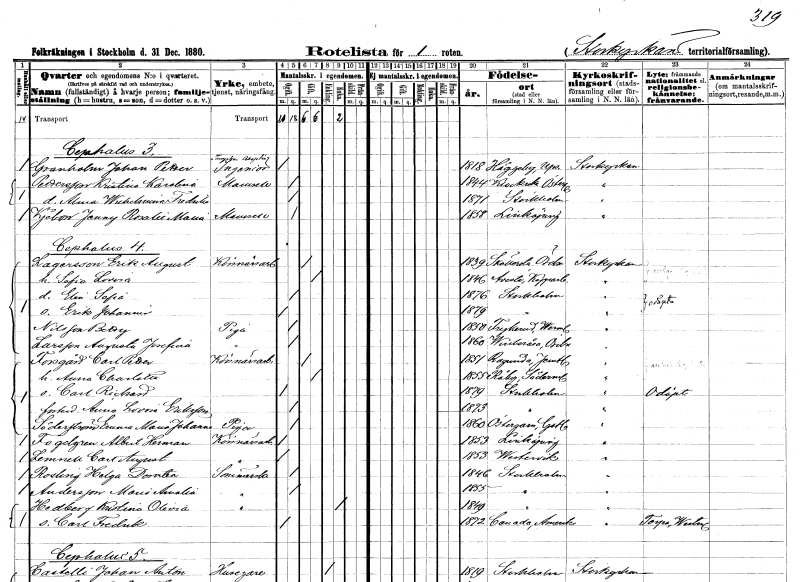
gt_parse: households: individuals: FN: Johan Petter
EN: Granholm
YRKE: Ingenjör
KON: M
CIV: O
FODAR: 1818
FODFORS: Högsby Kalmar län
FN: Kristina Karolina
EN: Pettersson
KON: K
CIV: O
FODAR: 1844
FODFORS: Klockrike Östergötlands län
FN: Alma Wilhelmina Fredrika
KON: K
CIV: O
FODAR: 1871
FODFORS: Stockholm
FN: Jenny Rosalie Maria
EN: Kjebon
KON: K
CIV: O
FODAR: 1858
FODFORS: Linköping Östergötlands län
FN: Erik August
EN: Lagersson
YRKE: Körsnärsarbetare
KON: M
CIV: G
FODAR: 1839
FODFORS: Sköllersta Örebro län
FN: Sofia Lovisa
KON: K
CIV: G
FODAR: 1846
FODFORS: Avesta Kopparbergs län
FN: Elin Sofia
KON: K
CIV: O
FODAR: 1876
FODFORS: Stockholm
FN: Erik Johannis
KON: M
CIV: O
FODAR: 1879
FODFORS: Stockholm
FN: Betty
EN: Nilsson
YRKE: Piga
KON: K
CIV: O
FODAR: 1852
FODFORS: Frykerud Värmlands län
FN: Augusta Josefina
EN: Larsson
YRKE: Piga
KON: K
CIV: O
FODAR: 1862
FODFORS: Vintrosa Örebro län
FN: Carl Petter
EN: Forsgård
YRKE: Körsnärsarbetare
KON: M
CIV: G
FODAR: 1851
FODFORS: Ragunda Jämtlands län
FN: Anna Charlotta
KON: K
CIV: G
FODAR: 1855
FODFORS: Råby Södermanlands län
FN: Carl Richard
KON: M
CIV: O
FODAR: 1879
FODFORS: Stockholm
FN: Anna Lovisa
EN: Eriksson
KON: K
CIV: O
FODAR: 1873
FODFORS: Stockholm
FN: Emma Maria Johanna
EN: Söderström
YRKE: Piga
KON: K
CIV: O
FODAR: 1860
FODFORS: Östergarn Gotlands län
FN: Albert Herman
EN: Fogdgren
YRKE: Körsnärsarbetare
KON: M
CIV: O
FODAR: 1853
FODFORS: Linköping Östergötlands län
FN: Carl August
EN: Lemnell
YRKE: Körsnärsarbetare
KON: M
CIV: O
FODAR: 1853
FODFORS: Västervik Kalmar län
FN: Helga Dorotea
EN: Rosling
YRKE: Sömmerska
KON: K
CIV: O
FODAR: 1846
FODFORS: Stockholm
FN: Maria Amalia
EN: Andersson
YRKE: Sömmerska
KON: K
CIV: O
FODAR: 1855
FODFORS: Stockholm
FN: Kristina Olivia
EN: Hedberg
YRKE: Sömmerska
KON: K
CIV: E
FODAR: 1849
FODFORS: Stockholm
FN: Carl Fredrik
KON: K
CIV: O
FODAR: 1872